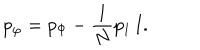
LaTeX: p _ { \varphi } = p _ { \Phi } - { \frac { 1 } { N } } p _ { 1 } \, { \bf I } .